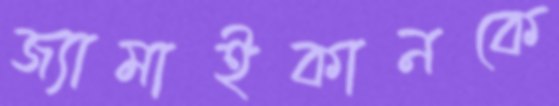
জ্যামাইকানকে